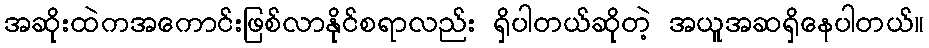
အဆိုးထဲကအကောင်းဖြစ်လာနိုင်စရာလည်း ရှိပါတယ်ဆိုတဲ့ အယူအဆရှိနေပါတယ်။